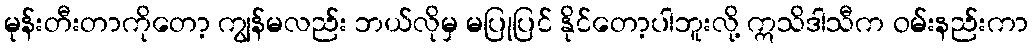
မုန်းတီးတာကိုတော့ ကျွန်မလည်း ဘယ်လိုမှ မပြုပြင် နိုင်တော့ပါဘူးလို့ ဣသိဒါသီက ဝမ်းနည်းကာ